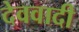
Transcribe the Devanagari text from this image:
देववादी